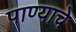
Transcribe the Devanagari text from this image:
पाण्‍याचे